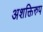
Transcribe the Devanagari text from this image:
अशक्तिरुप